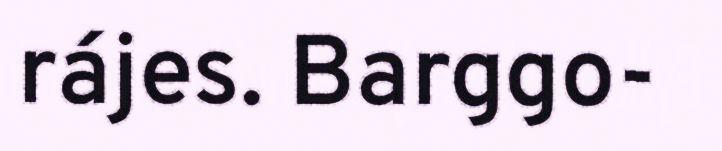
rájes. Barggo-